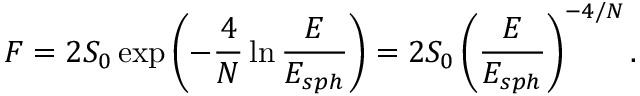
F = 2 S _ { 0 } \exp \left( - { \frac { 4 } { N } } \ln { \frac { E } { E _ { s p h } } } \right) = 2 S _ { 0 } \left( { \frac { E } { E _ { s p h } } } \right) ^ { - 4 / N } .